Lunatic asylums in Bengal annual reports 1899-1911 - 1899-1911
Year: 1899
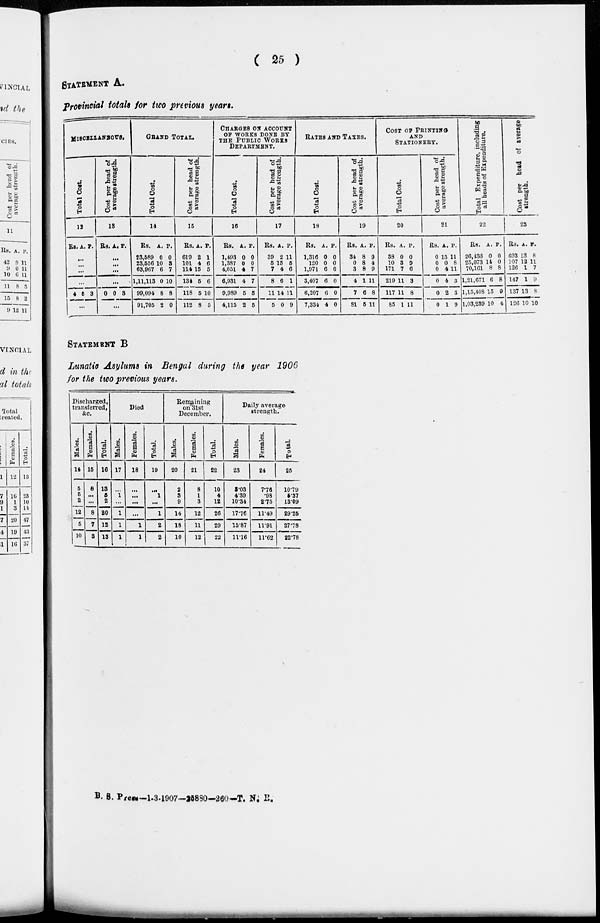
( 25 )
STATEMENT A.
Provincial totals for two previous years.
MISCELLANEOUS.
Total Cost.
12
Rs. A. P.
...
...
...
...
4 5 3
...
Cost per head of
average strength.
13
Rs. A. P.
...
...
...
...
0 0 3
...
GRAND TOTAL.
Total Cost.
14
Rs.
23,589
23,556
63,967
1,11,113
99,094
91,705
A.
0
10
6
0
8
2
P.
0
3
7
10
8
0
Cost per head of
average strength.
15
Rs.
619
101
114
134
118
112
A.
2
4
15
5
5
8
P.
1
6
5
6
10
5
CHARGES ON ACCOUNT
OF WORKS DONE BY
THE PUBLIC WORKS
DEPARTMENT.
Total Cost.
16
Rs.
1,493
1,387
4,051
6,931
9,989
4,115
A.
0
0
4
4
5
2
P.
0
0
7
7
5
5
Cost per head of
average strength.
17
Rs.
39
5
7
8
11
5
A.
2
15
4
6
14
0
P.
11
5
6
1
11
9
RATES AND TAXES.
Total Cost.
18
Rs.
1,316
120
1,971
3,407
6,207
7,334
A.
0
0
6
6
6
4
P.
0
0
0
0
0
0
Cost per head of
average strength.
19
Rs.
34
0
3
4
7
81
A.
8
8
8
1
6
5
P.
9
4
9
11
8
11
COST OF PRINTING
AND
STATIONARY.
Total Cost.
20
Rs.
38
10
171
219
117
85
A.
0
3
7
11
11
1
P.
0
9
6
3
8
11
Cost per head of
average strength.
21
Rs.
0
0
0
0
0
0
A.
15
0
4
4
2
1
P.
11
8
11
3
3
9
Total Expenditure, including
all heads of Expenditure.
22
Rs.
26,436
25,073
70,161
1,21,671
1,15,408
1,03,239
A.
0
14
8
6
15
10
P.
0
0
8
8
9
4
Cost per head of average
strength.
23
Rs.
693
107
126
147
137
126
A.
13
12
1
1
13
10
P.
8
11
7
9
8
10
STATEMENT B
Lunatic Asylums in Bengal during the year 1906
for the two previous years.
Discharged,
transferred,
&c.
Males.
14
5
5
2
12
5
10
Females.
15
8
...
...
8
7
3
Total.
16
13
5
2
20
12
13
Died.
Males.
17
...
1
...
1
1
1
Females.
18
...
...
...
...
1
1
Total.
19
...
1
...
1
2
2
Remaining
on 31st
December.
Males.
20
2
3
9
14
18
10
Females.
21
8
1
3
12
11
12
Total.
22
10
4
12
26
29
22
Daily average
strength.
Males.
23
3.03
4.39
10.34
17.76
15.87
11.16
Females.
24
7.76
.98
2.75
11.49
11.91
11.62
Total.
25
10.79
5.37
13.09
29.25
27.78
22.78
B. S. Press—1-3-1907—25880—260—T. N. R.